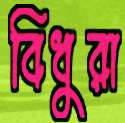
বিধুরা